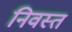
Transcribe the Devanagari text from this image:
निवस्त